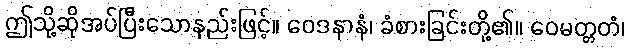
ဤသို့ဆိုအပ်ပြီးသောနည်းဖြင့်။ ဝေဒနာနံ၊ ခံစားခြင်းတို့၏။ ဝေမတ္တတံ၊